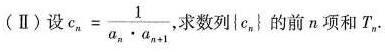
(I)设e $$c _ { n } = \frac { 1 } { a _ { n } \cdot a _ { n + 1 } }$$ 求数列{c}的前n项和T_{n}。